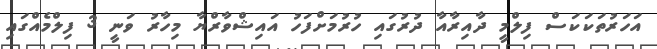
އަހަރުތަކަކަސް ފިލްމީ ދާއިރާއާ ދުރުގައި ހުރުމަށްފަހު އައިޝްވާރްޔާ މިހާރު ވަނީ 3 ފިލްމެއްގައި